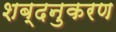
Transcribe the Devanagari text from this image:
शब्दनुकरण